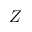
Z